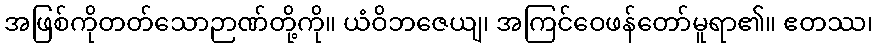
အဖြစ်ကိုတတ်သောဉာဏ်တို့ကို။ ယံဝိဘဇေယျ၊ အကြင်ဝေဖန်တော်မူရာ၏။ ဧတဿ၊